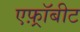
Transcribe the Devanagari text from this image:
एफ़्रॉबीट